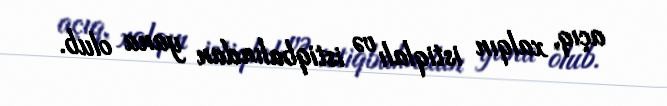
açıq, xalqın istiqlalı və istiqbalından yana olub.